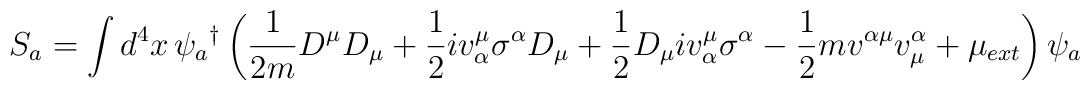
\hspace{-2.0cm}S_{a}=\int d^{4}x\,\psi _{a}{}^{\dagger }\left( \frac{1}{2m}D^{\mu }D_{\mu }+\frac{1}{2}iv_{\alpha }^{\mu }\sigma ^{\alpha }D_{\mu }+\frac{1}{2}D_{\mu}iv_{\alpha }^{\mu }\sigma ^{\alpha }-\frac{1}{2}mv^{\alpha \mu }v_{\mu}^{\alpha }+\mu _{ext}\right) \psi _{a}